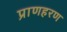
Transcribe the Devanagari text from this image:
प्राणहरण